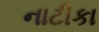
નાટીકા